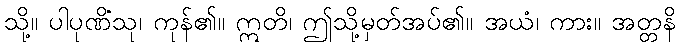
သို့။ ပါပုဏိံသု၊ ကုန်၏။ ဣတိ၊ ဤသို့မှတ်အပ်၏။ အယံ၊ ကား။ အတ္တနိ